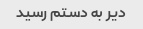
دیر به دستم رسید